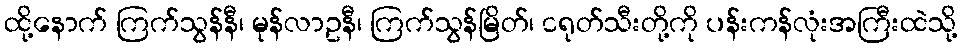
ထို့နောက် ကြက်သွန်နီ၊ မုန်လာဥနီ၊ ကြက်သွန်မြိတ်၊ ငရုတ်သီးတို့ကို ပန်းကန်လုံးအကြီးထဲသို့